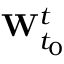
\mathbf { W } _ { t _ { 0 } } ^ { t }